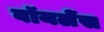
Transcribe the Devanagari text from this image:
वॉयलेंस